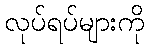
လုပ်ရပ်များကို